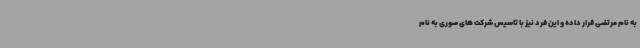
به نام مرتضی قرار داده و این فرد نیز با تاسیس شرکت های صوری به نام